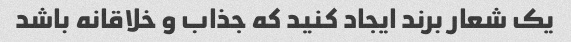
یک شعار برند ایجاد کنید که جذاب و خلاقانه باشد